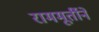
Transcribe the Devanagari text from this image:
राममूर्तीने